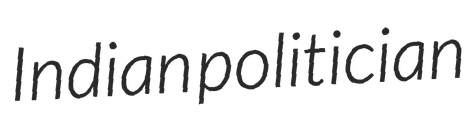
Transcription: Indian politician